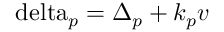
{ \mathrm { { \ d e l t a } } _ { p } } = { \Delta _ { p } } + { k _ { p } } v